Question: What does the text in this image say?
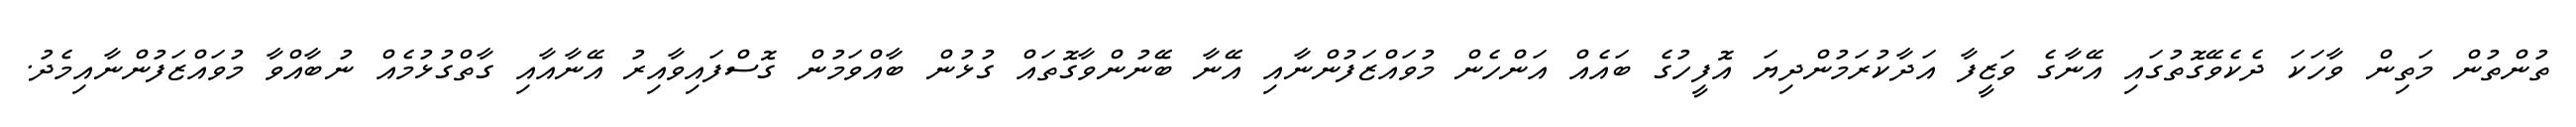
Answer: ތުންތުން މަތިން ވާހަކަ ދެކެވޭގޮތުގައި އޭނާގެ ވަޒީފާ އަދާކުރަމުންދިޔަ އޮފީހުގެ ބައެއް އަންހެން މުވައްޒަފުންނާއި އޭނާ ބޭނުންވާގޮތައް ގުޅުން ބާއްވަމުން ގޮސްފައިވާއިރު އޭނާއާއި ގާތްގުޅުމެއް ނުބާއްވާ މުވައްޒަފުންނާއިމެދު.